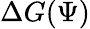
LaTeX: \Delta G(\Psi)